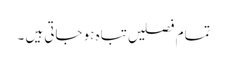
تمام فصلیں تباہ ہو جاتی ہیں ۔